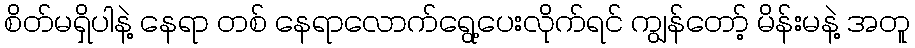
စိတ်မရှိပါနဲ့ နေရာ တစ် နေရာလောက်ရွေ့ပေးလိုက်ရင် ကျွန်တော့် မိန်းမနဲ့ အတူ